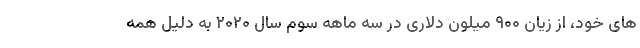
های خود، از زیان ۹۰۰ میلون دلاری در سه ماهه سوم سال ۲۰۲۰ به دلیل همه